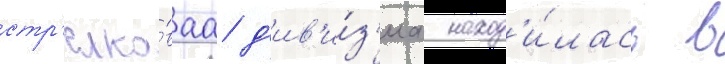
стр'елко́ваа д'ив'и́з'иа наход'и́лась в